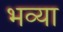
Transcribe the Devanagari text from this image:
भव्‍या